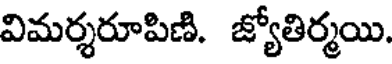
విమర్శరూపిణి. జ్యోతిర్మయి.